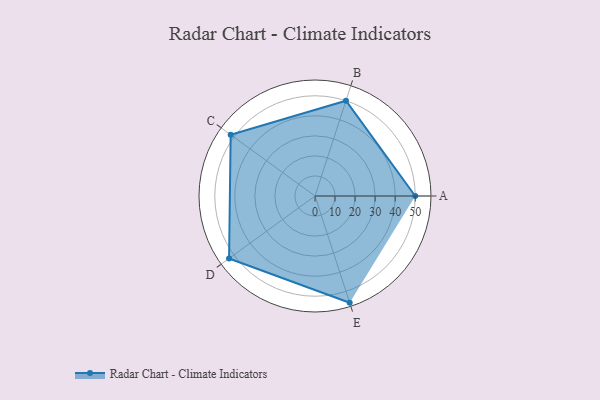
{"axis": {"x": "Skill", "y": "Score"}, "legend": ["Profile"], "data": [{"x": "A", "y": 50.0, "type": "Profile"}, {"x": "B", "y": 50.0, "type": "Profile"}, {"x": "C", "y": 52.0, "type": "Profile"}, {"x": "D", "y": 53.0, "type": "Profile"}, {"x": "E", "y": 56.0, "type": "Profile"}]}